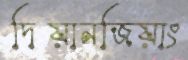
দিয়ানজিয়াং